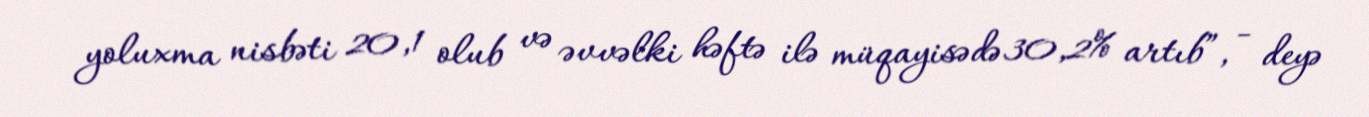
yoluxma nisbəti 20,1 olub və əvvəlki həftə ilə müqayisədə 30,2% artıb”, - deyə